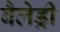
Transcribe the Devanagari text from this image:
बैलेड्री